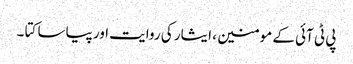
پی ٹی آئی کے مومنین ، ایثار کی روایت اور پیاسا کتا ۔